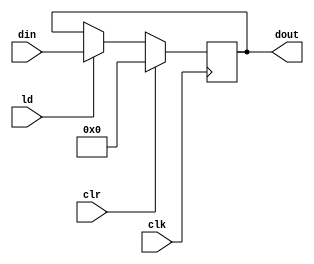
`timescale 1ns / 1ns
module PIPO2(dout,din,ld,clr,clk);
    input [31:0]din;
    input clr,ld,clk;
    output reg[31:0]dout;
    always@(posedge clk)
        begin
            if(clr)
                dout<=31'h00000000;
            else
                if(ld)
                    dout<=din;
        end
endmodule